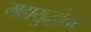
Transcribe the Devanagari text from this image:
महायुद्धोतर